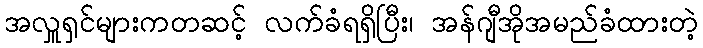
အလှူရှင်များကတဆင့် လက်ခံရရှိပြီး၊ အန်ဂျီအိုအမည်ခံထားတဲ့